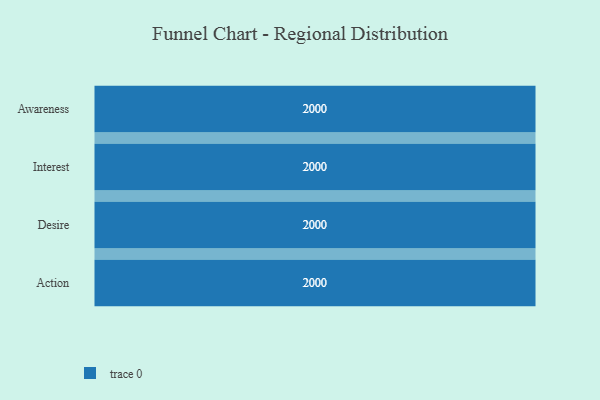
{"axis": {"x": "Stage", "y": "Value"}, "legend": [""], "data": [{"x": "Awareness", "y": 2000, "type": ""}, {"x": "Interest", "y": 2000, "type": ""}, {"x": "Desire", "y": 2000, "type": ""}, {"x": "Action", "y": 2000, "type": ""}]}